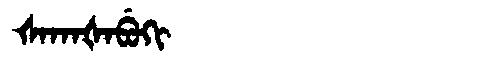
Manchu: ᡧᠠᡴᠠᡧᠠᠪᡠᡴᡳ
Romanization: ŠAKAŠABUKI